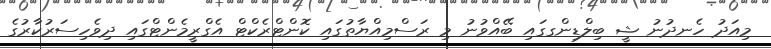
މިއަދު ހެނދުނު ޝީ ބިލްޑިންގގައި ބޭއްވުނު މި ރަސްމިއްޔާތުގައި ކޮންޓްރެކްޓް އެގްރީމެންޓްގައި ދިވެހިސަރުކާރުގެ